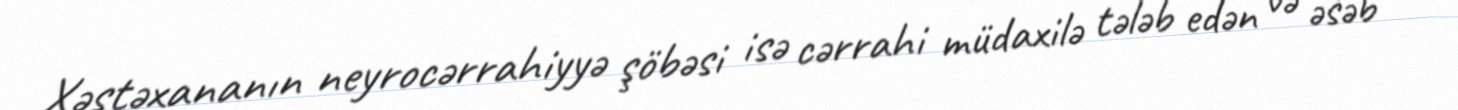
Xəstəxananın neyrocərrahiyyə şöbəsi isə cərrahi müdaxilə tələb edən və əsəb